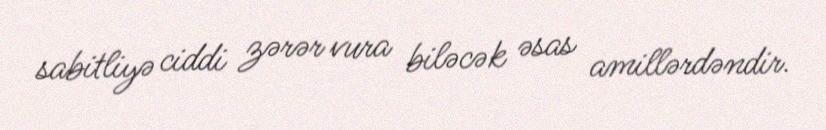
sabitliyə ciddi zərər vura biləcək əsas amillərdəndir.